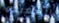
السعيده